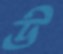
উ